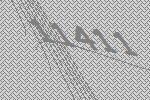
11411